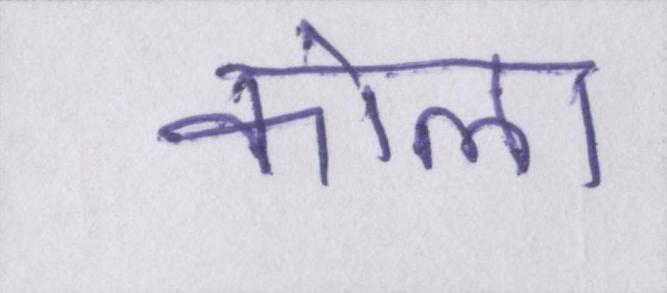
कोला